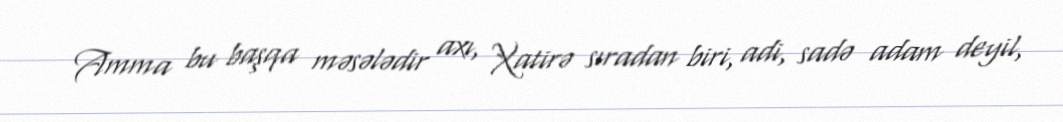
Amma bu başqa məsələdir axı, Xatirə sıradan biri, adi, sadə adam deyil,